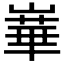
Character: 𪩓